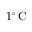
1 ^ { \circ } \, \mathrm { C }